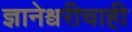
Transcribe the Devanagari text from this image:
ज्ञानेश्वरीचाही